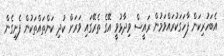
އެބަހުރިކަން ފާހަގަކުރައްވަމުން ރައީސް ވިދާޅުވީ އޭގެ ތެރޭގައި ވަރަށް ކުދި ކަންތައްތަކުން ފެށިގެން